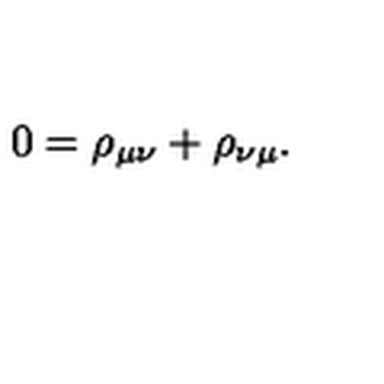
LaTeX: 0 = \rho _ { \mu \nu } + \rho _ { \nu \mu } .